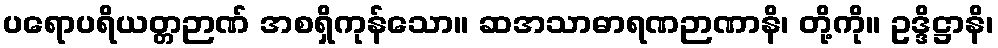
ပရောပရိယတ္တဉာဏ် အစရှိကုန်သော။ ဆအသာဓာရဏဉာဏာနိ၊ တို့ကို။ ဥဒ္ဒိဋ္ဌာနိ၊